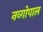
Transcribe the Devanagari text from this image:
नव्गोपाल